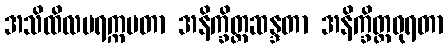
အသိထိလပရက္ကမတာ အနိက္ခိတ္တဆန္ဒတာ အနိက္ခိတ္တဓုရတာ